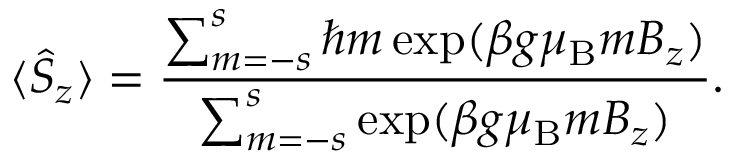
\langle \hat { S } _ { z } \rangle = \frac { \sum _ { m = - s } ^ { s } \hbar m \exp ( \beta g { \ensuremath { \mu _ { \mathrm { B } } } } m B _ { z } ) } { \sum _ { m = - s } ^ { s } \exp ( \beta g { \ensuremath { \mu _ { \mathrm { B } } } } m B _ { z } ) } .